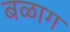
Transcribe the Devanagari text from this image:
बळाग